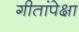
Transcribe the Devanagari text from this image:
गीतांपेक्षा